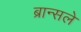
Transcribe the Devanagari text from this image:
ब्रान्सले